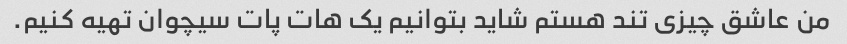
من عاشق چیزی تند هستم شاید بتوانیم یک هات پات سیچوان تهیه کنیم.